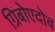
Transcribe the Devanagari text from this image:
ग्रिबोएदोव